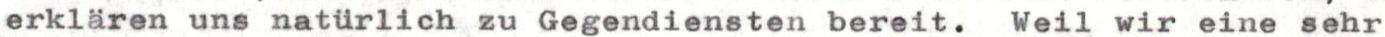
erklären uns natürlich zu Gegendiensten bereit. Weil wir eine sehr